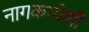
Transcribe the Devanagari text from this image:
नागकन्येशी